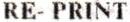
RE- PRINT